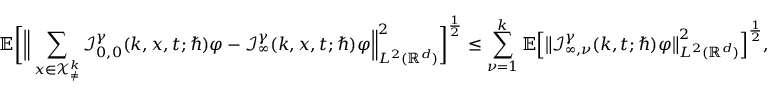
\mathbb { E } \bigg [ \Big \lVert \sum _ { \boldsymbol { x } \in \mathcal { X } _ { \neq } ^ { k } } \mathcal { I } _ { 0 , 0 } ^ { \gamma } ( k , \boldsymbol { x } , t ; \hbar ) \varphi - \mathcal { I } _ { \infty } ^ { \gamma } ( k , \boldsymbol { x } , t ; \hbar ) \varphi \Big \rVert _ { L ^ { 2 } ( \mathbb { R } ^ { d } ) } ^ { 2 } \bigg ] ^ { \frac { 1 } { 2 } } \leq \sum _ { \nu = 1 } ^ { k } \mathbb { E } \Big [ \big \lVert \mathcal { I } _ { \infty , \nu } ^ { \gamma } ( k , t ; \hbar ) \varphi \big \rVert _ { L ^ { 2 } ( \mathbb { R } ^ { d } ) } ^ { 2 } \Big ] ^ { \frac { 1 } { 2 } } ,